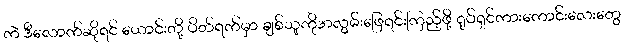
ကဲ ဒီလောက်ဆိုရင် ယောင်းတို့ ပိတ်ရက်မှာ ချစ်သူကိုအလွမ်းဖြေရင်းကြည့်ဖို့ ရုပ်ရှင်ကားကောင်းလေးတွေ